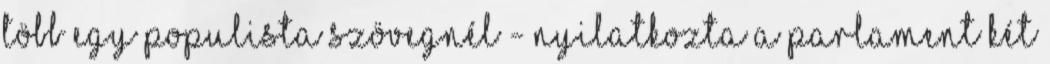
több egy populista szövegnél - nyilatkozta a parlament két